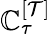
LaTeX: \mathbb{C}_{\tau}^{[\mathcal{{T}}]}